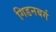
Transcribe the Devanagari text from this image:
गिडनबर्ग